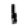
Digit: 1